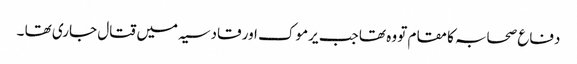
دفاع صحابہ کا مقام تو وہ تھا جب یرموک اور قادسیہ میں قتال جاری تھا ۔